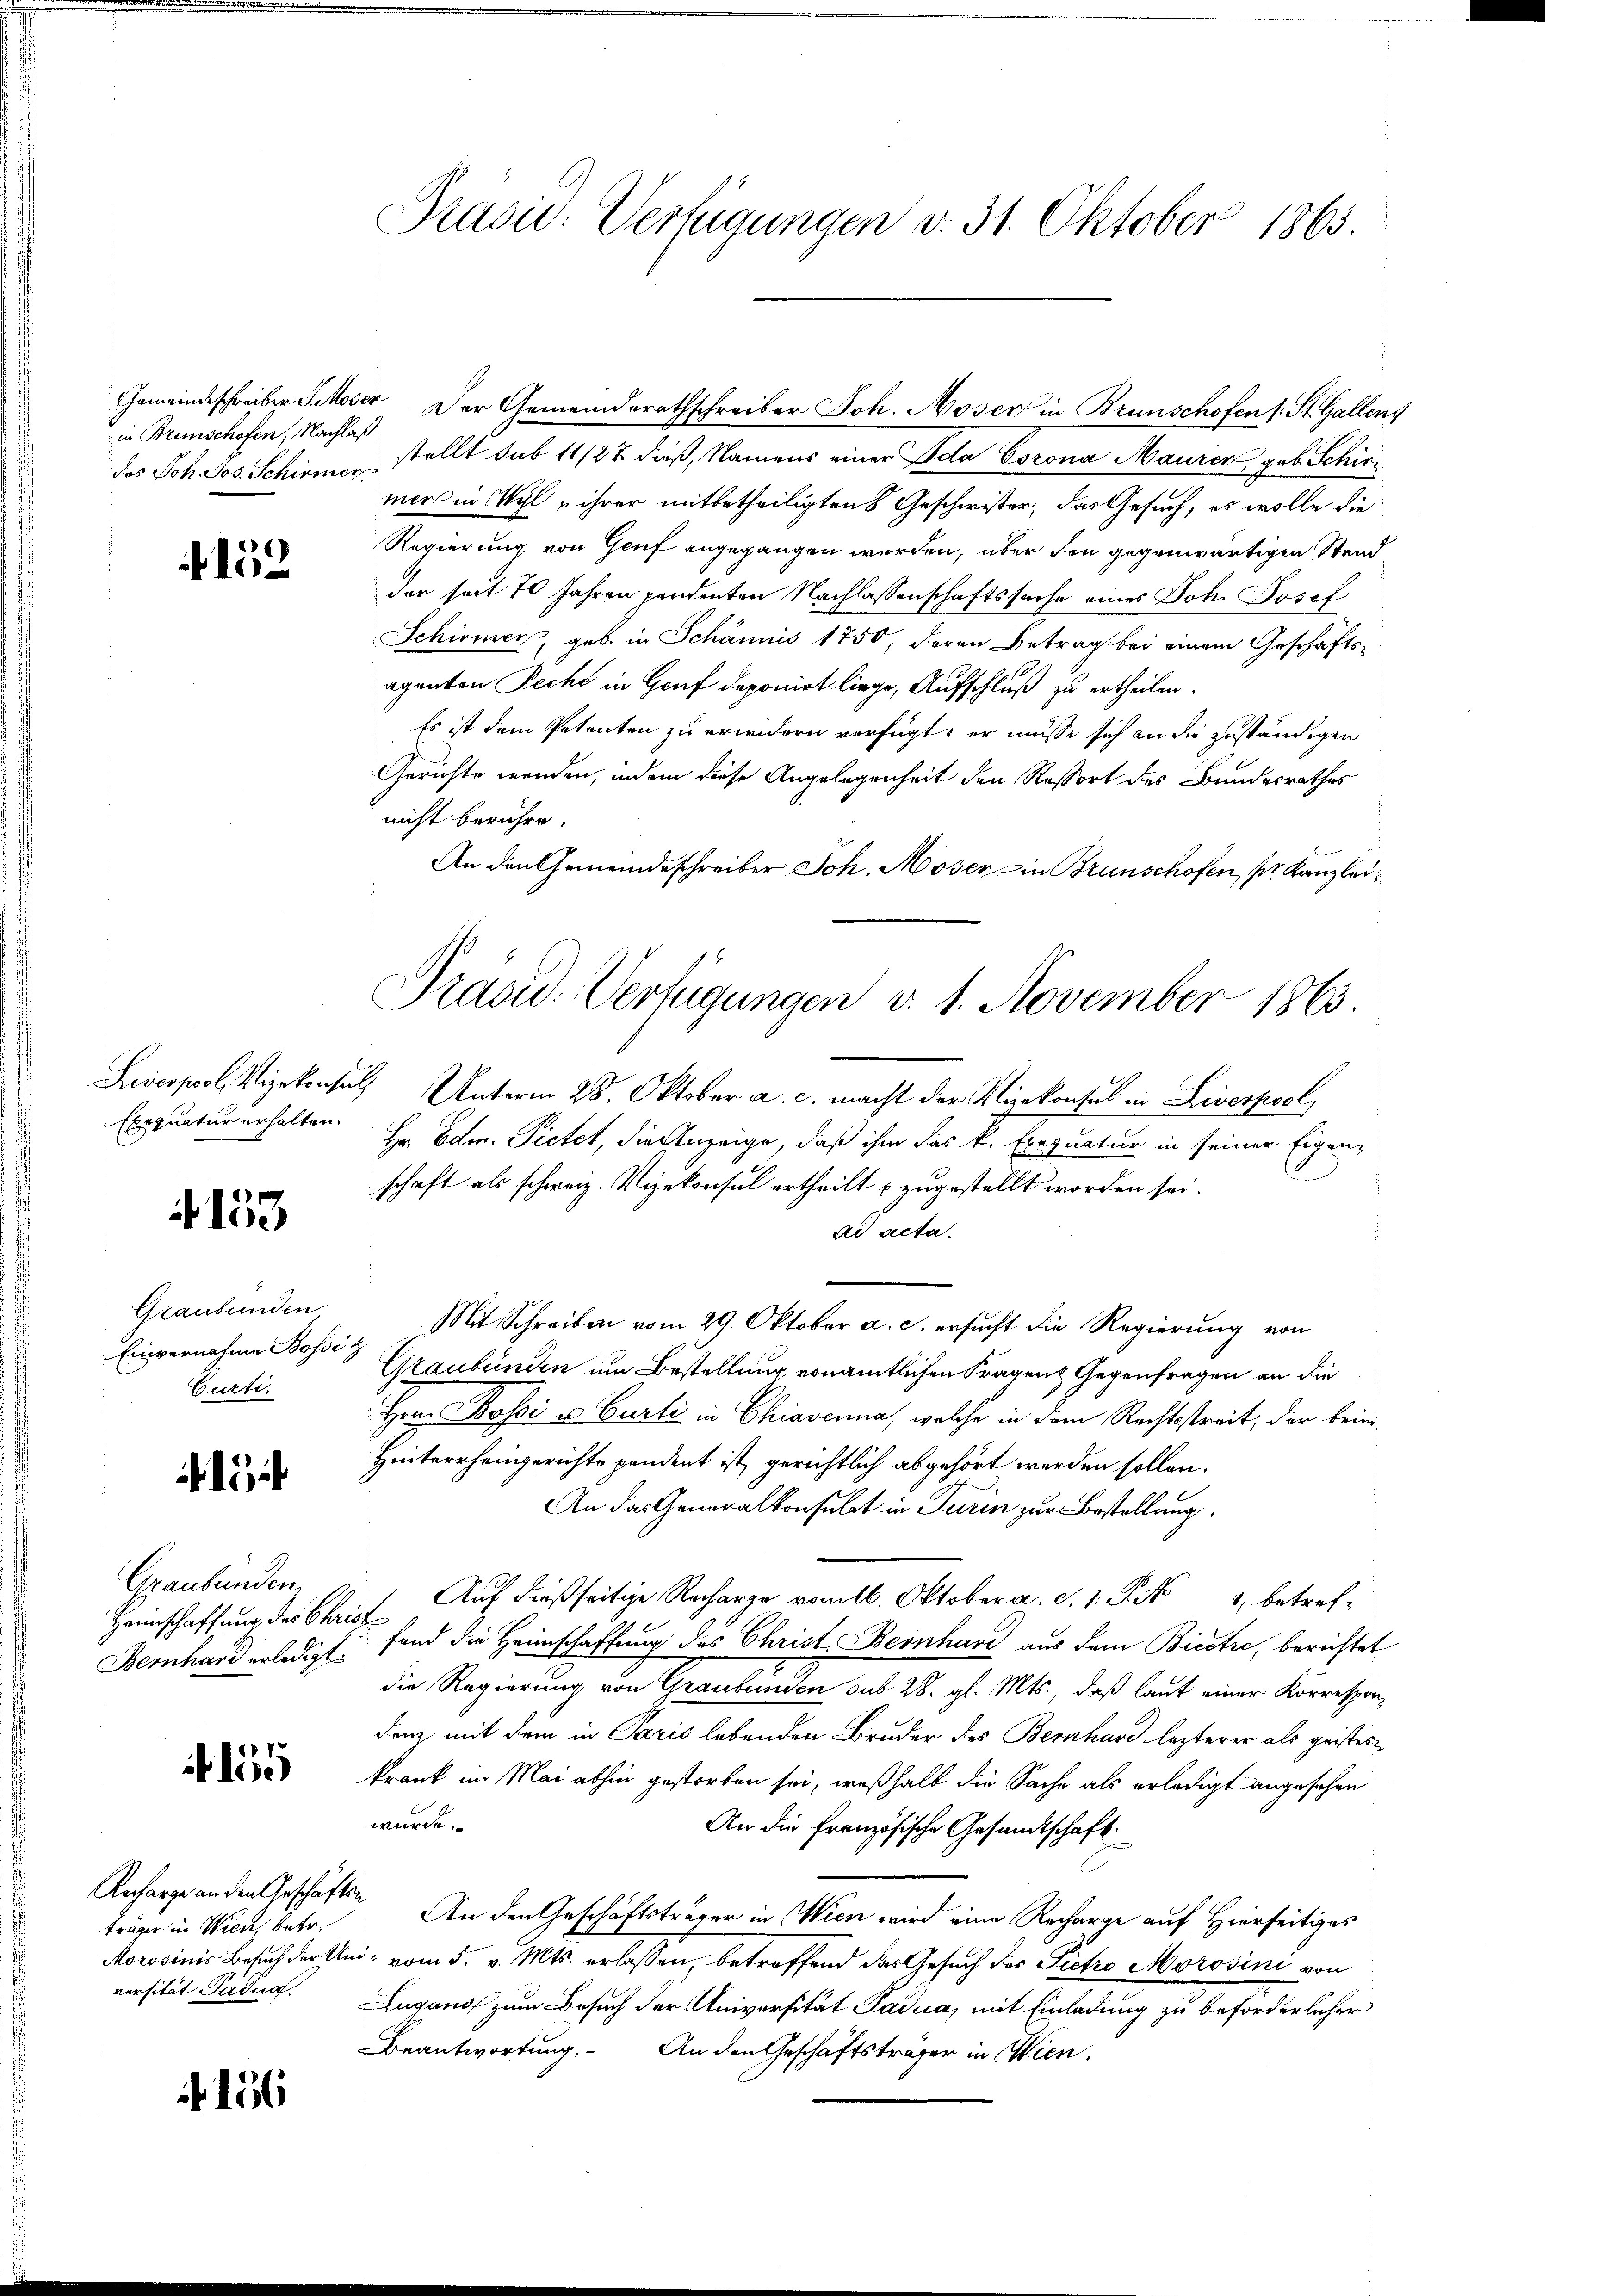
in Brunschofen, Nachlaß
das Joh. Jos. Schirmer

+152

Exequatur erhalten.

4153

Graubünden
Einvernahme Bossi¬
Curti.

154

Graubünden
Heinschaffung des Stan
Bernhard erledigt.

if. 155

Recharge an den Geschäftsträger in Wien, betr.
Morosinis Besuch der Unversität dadur

156

Präsid.: Verfügungen v. 31. Oktober 1865.

Gemeindeschreiber J. Moser Der Gemeinderathschreiber Joh. Moser in Brunschofen (: St. Gallen
stellt sub 11/2% daß, Namens einer Ida Corona Maurer geb. Schirmers in Wyl & ihrer mitbetheiligten Geschwister, das Gesuch, es wolle die
Regierung von Genf angegangen werden, über den gegenwärtigen Stand
der seit 70 Jahren pendenten Nachlassenschaftssache eines Joh. Josef
Schirmen, geb in Schännis 1750, deren Betrag bei einem Geschäftsaganten Pecht in Gruf deponirt liege, Aufschluß zu ertheilen.
Es ist dem Petenten zu erwidern verfügt, er müsse sich an die zuständigen
Gerichte wenden, indem diese Angelegenheit den Ressort des Bundesrathes
nicht berühre.
An den Gemeindeschreiber Joh. Moser in Brunschofen, pr. Kanzlei
Liverpool, Vizekonsul Unterm 28. Oktober a. c. macht der Vizekonsul in Liverpool
Hr. Edm. Pietet, die Anzeige, daß ihm das k. Exequatur in seiner Eigenschaft als schweiz. Vizekonsul ertheilt u. zugestellt worden sei.
ad acta.
Mit Schreiben vom 29. Oktober a. c. ersucht die Regierung von
Graubünden um Bestellung vonamtlichen Fragen Gegenfragen an die
Hrn. Bossi u Curti in Chiavenna, welche in dem Rechtsstreit, der beim
Hinterrheingerichte pendent ist, gerichtlich abgehört werden sollen.
An das Generalkonsulat in Turin zur Bestellung.
Auf dießseitige Recharge vom 16. Oktober a. d. 1. P. Nr. 4, betrefd
fand die Heimschaffung des Christ Bernhard aus dem Biestre, berichtet
die Regierung von Graubünden sub 28. gl. Mts., daß laut einer Korrespondenz mit dem in Paris lebenden Bruder des Bernhard lezterer als geister
krank im Mai abhin gestorben sei, weßhalb die Sache als erledigt angesehen
würde.
An die Französische Gesandtschaft.
 An den Geschäftsträger in Wien wird eine Recharge auf Hierseitiges
u. vom 5. v. Mts. erlassen, betreffend das Gesuch des Pietro Morosini von
ugano zum Besuch der Universität Padua, mit Einladung zu beförderlicher
Beantwortung. An den Geschäftsträger in Wien.

Präsid. Verfügungen v. 1. November 1863.